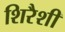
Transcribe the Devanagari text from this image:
शिरैशी